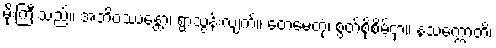
မိုးကြီးသည်။ အဘိဝဿန္တော၊ ရွာသွန်းလျက်။ တေမေတုံ၊ စွတ်စိုစိမ့်ငှာ။ နသက္ကောတိ၊